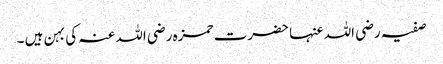
صفیہ رضی اللہ عنہا حضرت حمزہ رضی اللہ عنہ کی بہن ہیں ۔